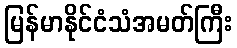
မြန်မာနိုင်ငံသံအမတ်ကြီး